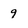
Character: 9